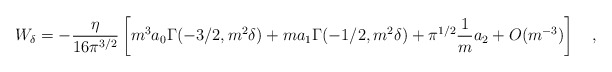
\begin{align*}W_\delta=-{\eta \over 16 \pi^{3/2}}\left[m^3 a_0\Gamma(-3/2,m^2\delta)+ma_1\Gamma(-1/2,m^2\delta)+\pi^{1/2}{1 \over m} a_2+O(m^{-3})\right]~~~,\end{align*}